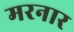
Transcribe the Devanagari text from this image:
मरनार